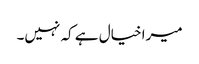
میرا خیال ہے کہ نہیں۔